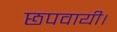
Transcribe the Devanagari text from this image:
छपवायी।